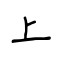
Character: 上